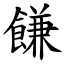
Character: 䭑